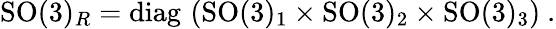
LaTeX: \mathrm{SO}(3)_{R}=\mathrm{diag}\, \left(\mathrm{SO}(3)_{1}\times\mathrm{SO}(3)_{2}\times\mathrm{SO}(3)_{3}\right)~.